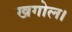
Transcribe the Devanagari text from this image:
खगोल।